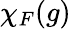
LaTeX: \chi_{F}(g)